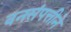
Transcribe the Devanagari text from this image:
वनसंपत्तीने